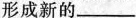
形成新的___